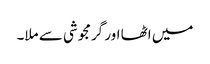
میں اٹھا اور گرمجوشی سے ملا۔